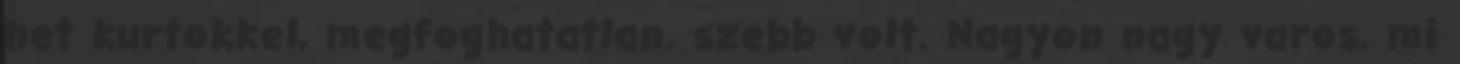
het kurtokkel, megfoghatatlan. szebb volt. Nagyon nagy varos, mi